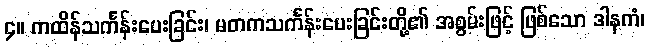
၄။ ကထိန်သင်္ကန်းပေးခြင်း၊ မတကသင်္ကန်းပေးခြင်းတို့၏ အစွမ်းဖြင့် ဖြစ်သော ဒါနကံ၊